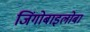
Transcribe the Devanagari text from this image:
जिंगोबाइलोबा